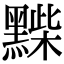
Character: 𪑽